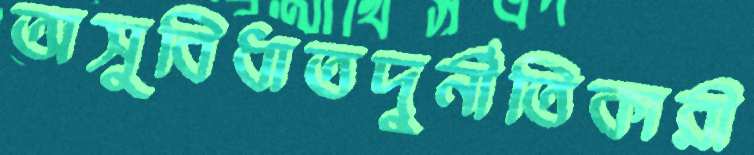
অসুবিধাতদুর্নীতিকারী